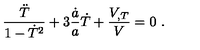
\frac { \ddot { T } } { 1 - \dot { T } ^ { 2 } } + 3 \frac { \dot { a } } { a } \dot { T } + \frac { V _ { , T } } { V } = 0 \ .